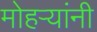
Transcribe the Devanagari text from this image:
मोहऱ्यांनी